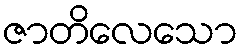
ဇာတိလေသော